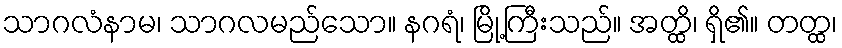
သာဂလံနာမ၊ သာဂလမည်သော။ နဂရံ၊ မြို့ကြီးသည်။ အတ္ထိ၊ ရှိ၏။ တတ္ထ၊